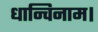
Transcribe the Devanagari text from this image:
धान्विनाम।